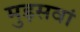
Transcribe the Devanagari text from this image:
मुड़सवां